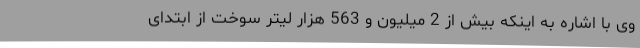
وی با اشاره به اینکه بیش از 2 میلیون و 563 هزار لیتر سوخت از ابتدای